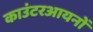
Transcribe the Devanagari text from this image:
काउंटरआयनों